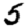
Digit: 5